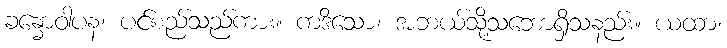
ခန္ဓောဝါပန၊ ပင်စည်သည်ကား။ ကဒိသော၊ အဘယ်သို့သဘောရှိသနည်း။ ယထာ၊